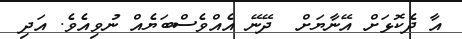
އާ ދެކޮޅަށް އޭނާޔަށް  ދޭނޭ އެއްވެސްބަޔެއް ނުވިއެވެ. އަދި